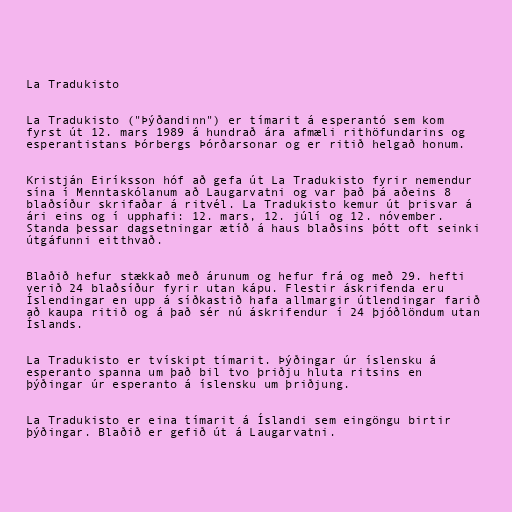
La Tradukisto

La Tradukisto ("Þýðandinn") er tímarit á esperantó sem kom
fyrst út 12. mars 1989 á hundrað ára afmæli rithöfundarins og
esperantistans Þórbergs Þórðarsonar og er ritið helgað honum.

Kristján Eiríksson hóf að gefa út La Tradukisto fyrir nemendur
sína í Menntaskólanum að Laugarvatni og var það þá aðeins 8
blaðsíður skrifaðar á ritvél. La Tradukisto kemur út þrisvar á
ári eins og í upphafi: 12. mars, 12. júlí og 12. nóvember.
Standa þessar dagsetningar ætíð á haus blaðsins þótt oft seinki
útgáfunni eitthvað.

Blaðið hefur stækkað með árunum og hefur frá og með 29. hefti
verið 24 blaðsíður fyrir utan kápu. Flestir áskrifenda eru
Íslendingar en upp á síðkastið hafa allmargir útlendingar farið
að kaupa ritið og á það sér nú áskrifendur í 24 þjóðlöndum utan
Íslands.

La Tradukisto er tvískipt tímarit. Þýðingar úr íslensku á
esperanto spanna um það bil tvo þriðju hluta ritsins en
þýðingar úr esperanto á íslensku um þriðjung.

La Tradukisto er eina tímarit á Íslandi sem eingöngu birtir
þýðingar. Blaðið er gefið út á Laugarvatni.